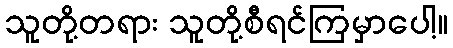
သူတို့တရား သူတို့စီရင်ကြမှာပေါ့။